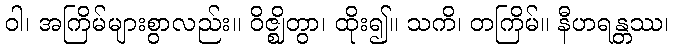
ဝါ၊ အကြိမ်များစွာလည်း။ ဝိဇ္ဈိတွာ၊ ထိုး၍။ သကိ၊ တကြိမ်။ နီဟရန္တဿ၊